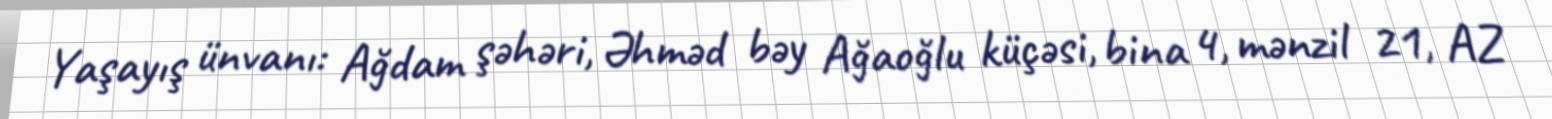
Yaşayış ünvanı: Ağdam şəhəri, Əhməd bəy Ağaoğlu küçəsi, bina 4, mənzil 21, AZ